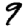
Digit: 9